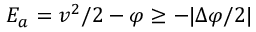
{ \cal E } _ { a } = v ^ { 2 } / 2 - \varphi \ge - | \Delta \varphi / 2 |